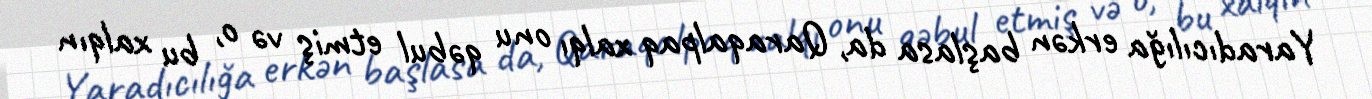
Yaradıcılığa erkən başlasa da, Qaraqalpaq xalqı onu qəbul etmiş və o, bu xalqın